Calcutta medical institutions reports 1871-78
Year: 1871
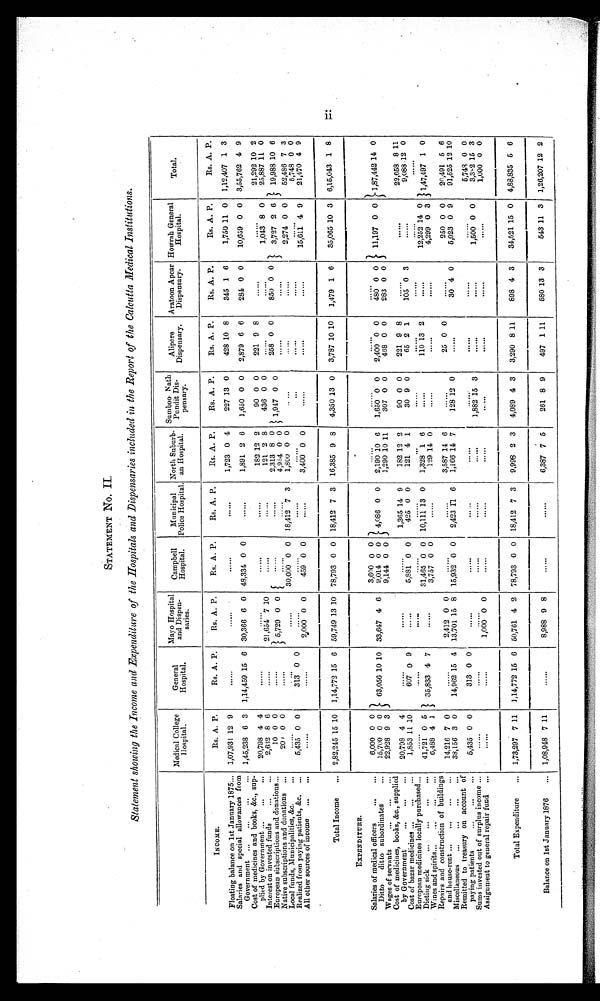
STATEMENT NO. II.
Statement showing the Income and Expenditure of the Hospitals and Dispensaries included in the Report of the Calcutta Medical Institutions,
Medical College
Hospital.
General
Hospital.
Mayo Hospital
and Dispen-
saries.
Campbell
Hospital.
Municipal
Police Hospital.
North Suburb-
an Hospital.
Sumboo Nath
Pundit Dis-
p e n s a r y .
Alipore
Dispensary.
Aratoon Apcar
Dispensary.
w
Horah General
Hospital.
Tota l.
INCOME.
Rs. A. P.
Rs. A. P.
Rs. A. P.
Rs. A. P.
Rs. A. P.
Rs. A. P.
Rs. A. P.
Rs. A. P.
Rs, A. P.
Rs. A. P.
Rs. A. P.
Floating balance on 1st January 1875... 1,07,931 12 9
......
......
......
......
1,723 0 4
227 13 0
428 10 8
345 1 6
1,750 11 0 1,12,407 1 3
Salaries and special allowances from
Government ...
...
...
... 1,45,238 6 3
1,14,459 15 6 30,366 6 0 48,334 0 0
. .
. . . .
1,891 2 6
1,650 0 0
2,879 6 6
2844 0 0
10,659 0 0 3,55,762 4 9
Cost of medicines and books, &c., sup-
plied by Government ...
...
...
20,798 4 4
......
......
......
......
182 12 2
90 0 0
221 9 8
......
......
21,292 10 2
Interest on invested funds
...
...
2,632 8 6
......
21,6544 7 10
......
......
121 2 8
436 0 0
......
......
1,043 8 0
25,887 11 0
European subscriptions and donations...
10 0 0
......
5,729 0 0
. . '
. ' .
......
2,313 8 0
1,947 0 0
258 0 0
850 0 0
3,727 2 6
19,988 10 6
Native subscriptions and donations ...
200 0 0
......
{
4 , 9 5 4 0 0
......
. . . . . .
Local funds, Municipalities, &c.
...
... . . .
. . . . . .
3 0 , 0 0 0 . . 0
0
1 8 , 4 1
2
3
1,800 0 0
.. ...
.....
. . . . . .
2,274 0 0
52,486 7 3
Realized from paying patients, &c.
...
5,435 0 0
313... 0
......
......
......
......
...
......
......
......
6,748 0 0
All other sources of income
...
...
......
. . . . . .
-,
2,000 0 0
459 0 0
......
3,400 0 0
......
-
......
......
15,611 4 9
21,470
-
4 9
Total Income
... 2,82,245 15 10 1,14,772 15 6 59,749 13 10 78,793 0 0 18,412 7 3 16,385 9 8
4,350 13 0
3,787 10 10
1,479 1 6
35,065 10 3 6,15,043 1 8
EXPENDITURE.
- - . - - , , ....
-
- ■ . ■ . ........
...■.............
-
Salaries of medical officers
...
...
6,000 0 0
63,056 10 10 33,647 4 6
3,600 0 0
4,086 0 0
......
......
......
......
11,197 0 0
1,87,442 14 0
Ditto
ditto subordinates
...
15,700 0 0
9,014 0 0
2,190 10 6
1,650 0 0
2,400 0 0
480 0 0
Wages of servants...
...
...
9 3
9,144 0 0
1,290 10 11
307 0 0
468 0 0
283 0 0
Cost of medicines, books, &c., supplied
by Government
...
...
...
20,798 4 4
......
......
......
1,365 14 9
182 12 2
90 0 0
221 9 8
......
......
22,658 8 11
Cost of bazar medicines ..
...
...
1,853 11 10
607 0 9
......
5,881 0 0
425 0 0
121 4 1
30 9 0
65 2 1
105 0 3
......
9,088 12 0
European medicines locally purchased...
......
.....
. - .
. . .
"""
...
.....
......
......
- " .
- ".
Dieting sick
„,
.„
...
..
41,721 0 5 / 35,833 4 7
31,465 0 0 10,111 13 0
1,328 1 6
......
110 13 2
...,..
12,252 14 0 1 147 -
,,49i 1 0
Wines and spirits...
...
...
...
6,488 4 1
......
3,757 0 0
". -
129 14 0
......
......
......
4,299 0 3
Repairs and construction of buildings
and house-rent ...
...
...
.,.
14,216 7 0
. . .
. . .
2,412 0 0
......
......
3,587 14 6
......
25 0 0
250 0 0
2(1,491 5 6
Miscellaneous
...
...
...
...
38,156 3 0
14,96215
_
4 13,701 15 8 15,932 0 0
2,423 11 6
1,16614 7
128 12 0
......
30 4 0
5,023 0 9
91,525 12 10
Remitted to treasury on account of
p aying patients
...
...
. . .
5,435 0 0
313 0 0
......
. . . . . .
...
. . . . . .
......
. . . -
......
......
5,749 0 0
Sums invested out of surplus income ...
......
.....
. . . . . .
......
. . . . . .
1,882 15 3
......
......
1,500 0 0
3,3,2 15 3
Assignment to general repair fund ...
......
......
1,00.0-0 0
. . . . . .
......
. . . . . .
......
......
......
.....
1,000 0 0
Total Expenditure
... 1,73,297
---,m,--.
7 11
.........--,...-.
1,14,772 15 6 50,761 4 2 78,793 0 0 18,412 7 3
9,998 2 3
4,089 4 3
3,290 8 11
898 4 3
34,521 15 0 4,88,835 5 6
Balance on 1st January 1876
... 1,08,948 7 11
. . . . . . 8,988 9 8
_
......
......
6,387 7 5
261 8 9
-
497 1 11
680 13 3
--...............,
643 11 3
_
1,26,207 12 2
. .